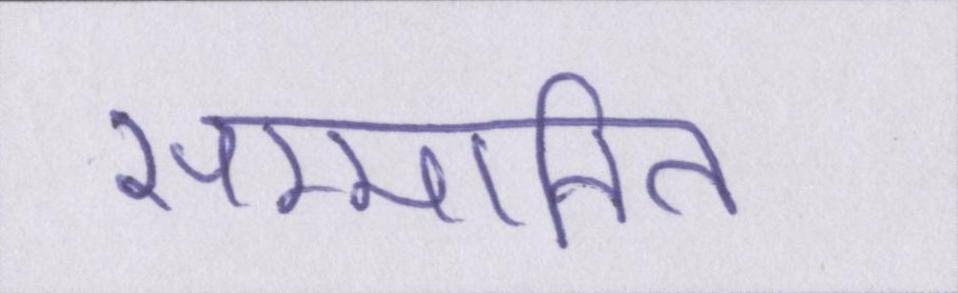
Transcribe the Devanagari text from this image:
सम्मानित